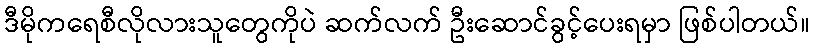
ဒီမိုကရေစီလိုလားသူတွေကိုပဲ ဆက်လက် ဦးဆောင်ခွင့်ပေးရမှာ ဖြစ်ပါတယ်။